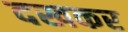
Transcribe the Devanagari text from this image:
दखकर